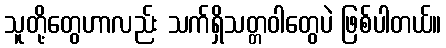
သူတို့တွေဟာလည်း သက်ရှိသတ္တဝါတွေပဲ ဖြစ်ပါတယ်။